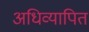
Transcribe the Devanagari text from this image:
अधिव्यापित